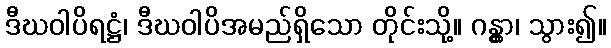
ဒီဃဝါပိရဋ္ဌံ၊ ဒီဃဝါပိအမည်ရှိသော တိုင်းသို့။ ဂန္တွာ၊ သွား၍။